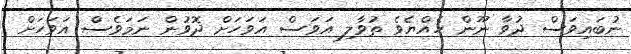
ނުބައިވަސް ދުވާ ނޫން ހެއްޔެވެ ތުވާލި އަވަސް އަވަހަށް ދޮވުން ނަމަވެސް އަވަހަށް